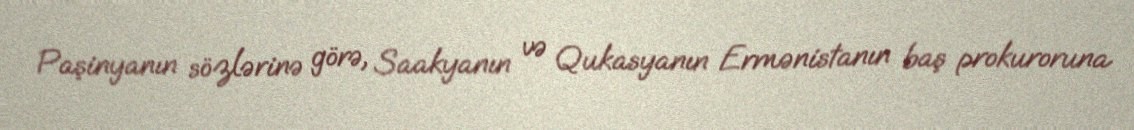
Paşinyanın sözlərinə görə, Saakyanın və Qukasyanın Ermənistanın baş prokuroruna